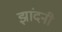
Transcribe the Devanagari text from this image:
झांदनी